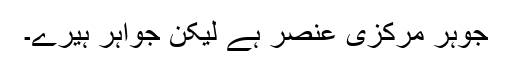
جوہر مرکزی عنصر ہے لیکن جواہر ہیرے۔